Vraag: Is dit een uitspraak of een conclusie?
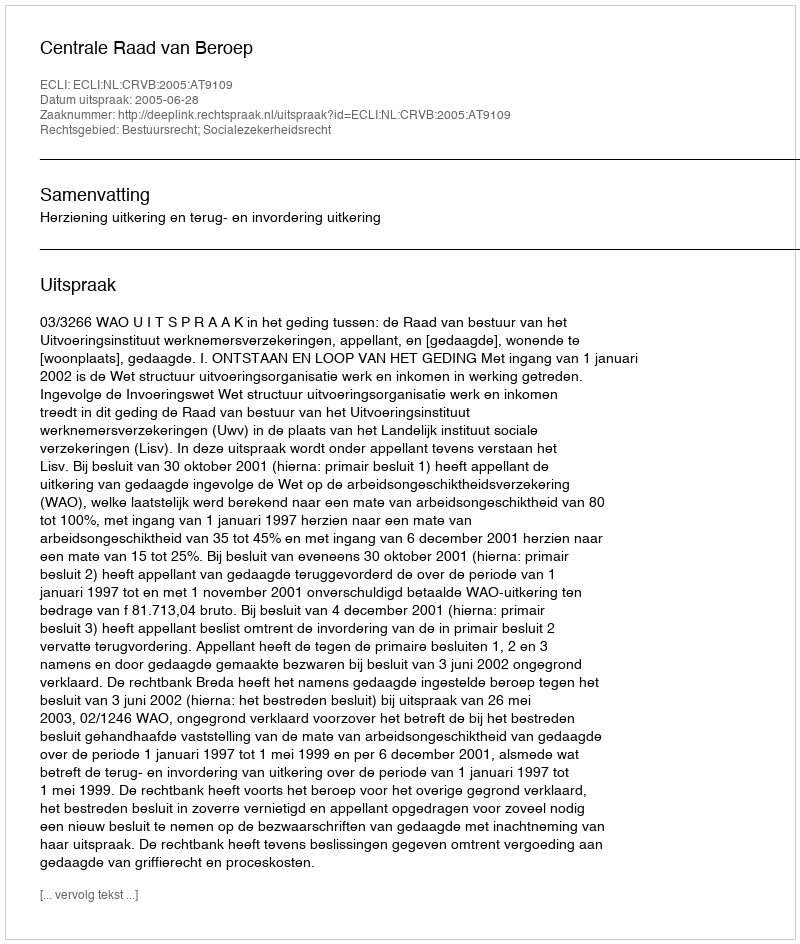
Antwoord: Uitspraak